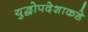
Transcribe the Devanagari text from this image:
युद्धोपदेशाकडे